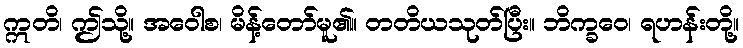
ဣတိ၊ ဤသို့။ အဝေါစ၊ မိန့်တော်မူ၏။ တတိယသုတ်ပြီး။ ဘိက္ခဝေ၊ ရဟန်းတို့။